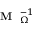
\textrm { \textbf { M } } _ { \Omega } ^ { - 1 }